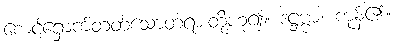
စောင့်ရှောက်တတ်သောတရားတို့ဟူ၍။ ဒဋ္ဌဗ္ဗာ၊ ကုန်၏။